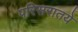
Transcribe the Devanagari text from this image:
परिसरातये